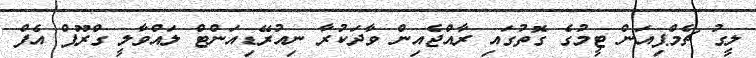
ލީގު ޗެމްޕިއަން ޓީމުގެ ގޮތުގައި ރާއްޖެއިން ވާދަކުރާ ނިއުރޭޑިއަންޓް ލައްވާލީ ގްރޫޕް އެފް